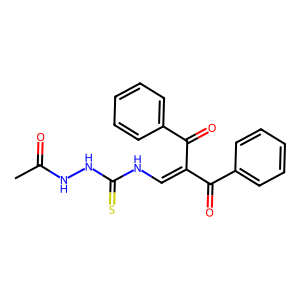
SMILES: CC(=O)NNC(=S)NC=C(C(=O)c1ccccc1)C(=O)c1ccccc1
Inhibits HIV replication: No